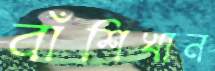
বাঁশিখান